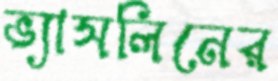
ভ্যাসলিনের